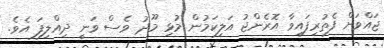
ޖައްވަށް ފެތުރިފައިވާ އޮރެންޖު އަލިކަމުން މުޅި މޫދު ވެސް ވަނީ ދިއްލިފަ އެވެ.